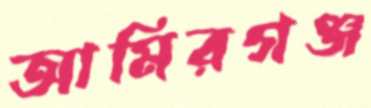
আমিরগঞ্জ